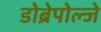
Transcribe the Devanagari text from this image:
डोब्रेपोल्जे